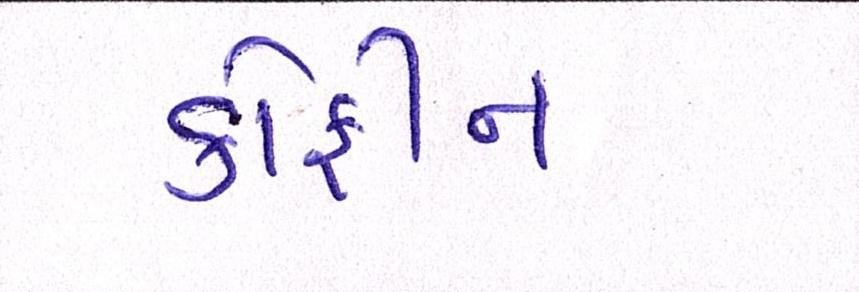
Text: કોફીન